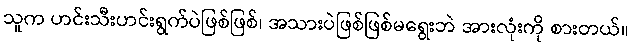
သူက ဟင်းသီးဟင်းရွက်ပဲဖြစ်ဖြစ်၊ အသားပဲဖြစ်ဖြစ်မရွေးဘဲ အားလုံးကို စားတယ်။